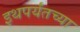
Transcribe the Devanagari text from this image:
इथपर्यंतच्या